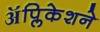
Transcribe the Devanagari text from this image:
ॲप्लिकेशने